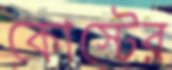
কোস্টের